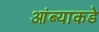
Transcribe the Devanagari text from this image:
आंब्याकडे